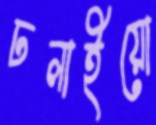
ঢলাইয়ো